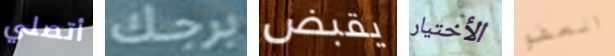
أتصلي برجك يقبض الأختيار العفو